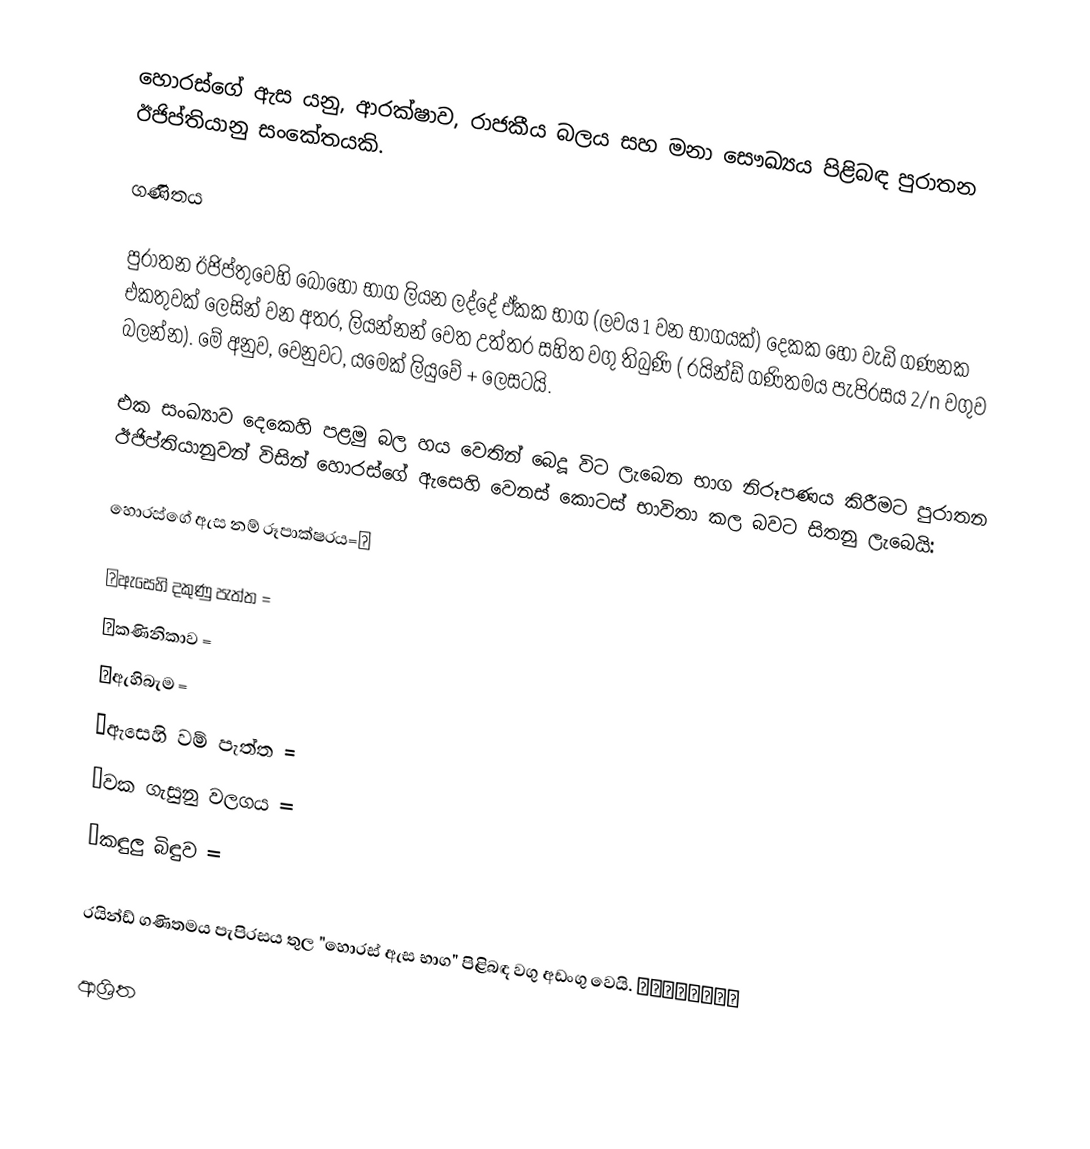
හොරස්ගේ ඇස යනු, ආරක්ෂාව, රාජකීය බලය සහ මනා සෞඛ්‍යය පිළිබඳ  පුරාතන ඊජිප්තියානු සංකේතයකි.

ගණිතය

පුරාතන ඊජිප්තුවෙහි බොහෝ භාග ලියන ලද්දේ  ඒකක භාග  (ලවය  1 වන භාගයක්) දෙකක හෝ වැඩි ගණනක එකතුවක් ලෙසින් වන අතර, ලියන්නන් වෙත උත්තර සහිත වගු තිබුණි ( රයින්ඩ් ගණිතමය පැපිරසය 2/n වගුව බලන්න).   මේ අනුව,   වෙනුවට, යමෙක් ලියුවේ  +  ලෙසටයි.

එක සංඛ්‍යාව දෙකෙහි පළමු බල හය වෙතින් බෙදූ විට ලැබෙන භාග නිරූපණය කිරීමට පුරාතන ඊජිප්තියානුවන් විසින් හොරස්ගේ ඇසෙහි වෙනස් කොටස් භාවිතා කල බවට සිතනු ලැබෙයි:

හොරස්ගේ ඇස නම් රූපාක්ෂරය=𓂀

 𓂄ඇසෙහි දකුණු පැත්ත =
 𓂂කණිනිකාව =
 𓂃ඇහිබැම =
 𓂁ඇසෙහි වම් පැත්ත =
 𓂅වක ගැසුනු වලගය =
 𓂆කඳුලු බිඳුව =

රයින්ඩ් ගණිතමය පැපිරසය තුල "හොරස් ඇස භාග" පිළිබඳ වගු අඩංගු වෙයි. 𓂀𓂁𓂂𓂃𓂄𓂅𓂆𓂇

ආශ්‍රිත